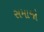
સમાજો